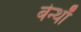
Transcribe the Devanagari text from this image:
बेन्थाँ